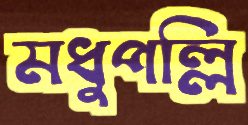
মধুপল্লি